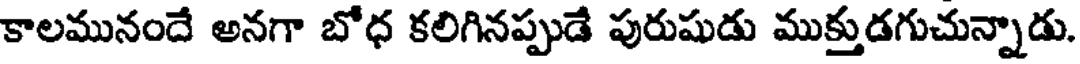
కాలమునందే అనగా బోధ కలిగినప్పుడే పురుషుడు ముక్తుడగుచున్నాడు.